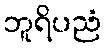
ဘူရိပညံ